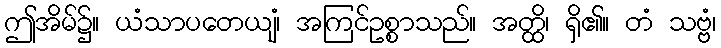
ဤအိမ်၌။ ယံသာပတေယျံ၊ အကြင်ဥစ္စာသည်။ အတ္ထိ၊ ရှိ၏။ တံ သဗ္ဗံ၊